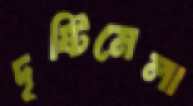
দৃষ্টিমেলা